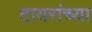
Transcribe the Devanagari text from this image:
टायरांच्या